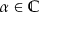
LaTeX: \alpha \in \mathbb { C }